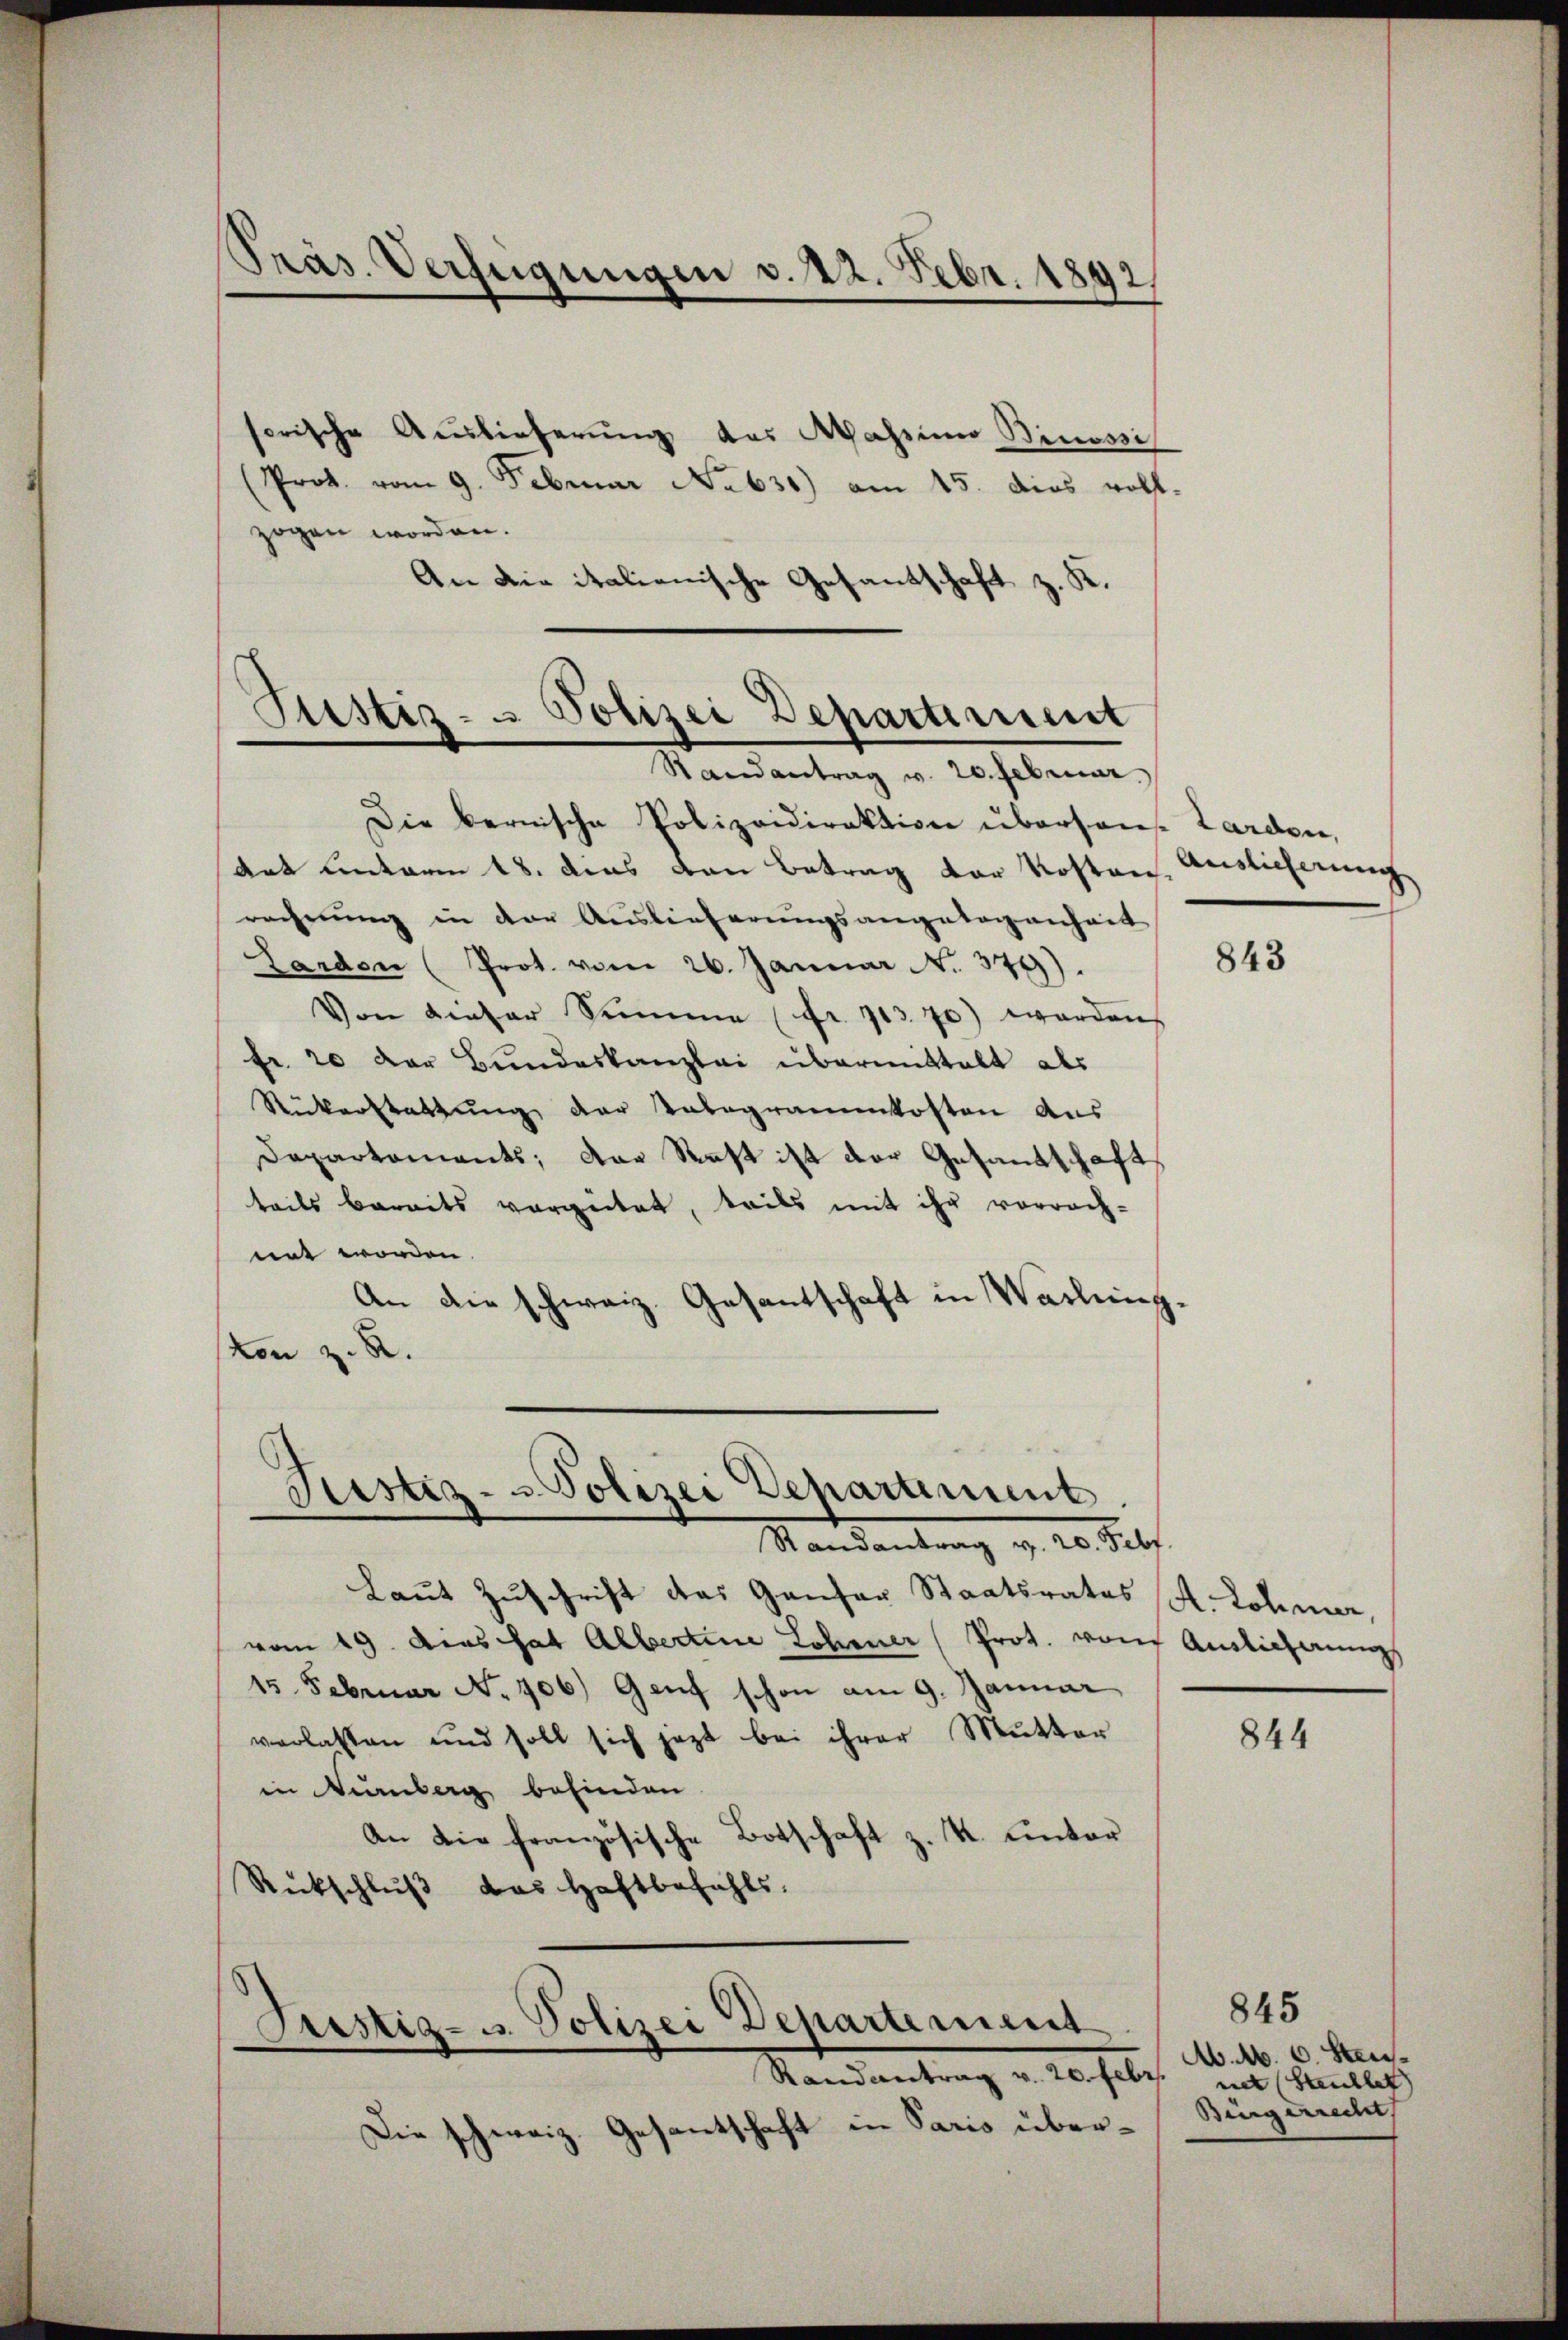
sorische Auslieferŭng des Wassinn Binossi
(Prot. vom 9. Februar No 638) am 15. dies woll-
zogen worden.
An die italienische Gesandschaft z. K.

Präs. Verfügungen v. 22. Febr. 1892

Justiz- u Polizei Departiment
Randantrag v. 20. Februar

Ristiz- u Polizei Deparament.
Randantrag v. 20. Febr.

Die bernische Polizeidirektion überson. Larden,
Aat hinterm 18. Das von Betrag der Kosten
rechnung in der Auslieferungsangelegenheit
Larden (Prot. vom 26. Januar N. 379).
Von dieser Summe (fr. 713. 70) werden
fr 20 der Bundeskanzlei übermittelt als
Rückerstattŭng der Tabegrammkosten aus
Departements; der Saft ist der Gesandtschaft
teils bereits vergütet, teils mit ihr vorrach-
mnt worden.
An die schweiz. Gesantschaft in Washing.
von z. R.

Laut Zuschrift das Gantar Staatsrates A. Lohner,
vom 19. das hat Albertine Lohner Prot. von Auslicherungs
15. Februar No 106.) Genf schon am 9. Januar
verlassen und soll sich jezt bei ihrer Mutter
in anberg befinden
An die französische Botschaft z. K. unter
Rückschluß das Haftbefehls.
Justiz- u. Polizei Departement
Randantrag v. 20. Febr.
Die schweiz. Gesantschaft in Paris über¬

Auslicherung

843

844

845
A. M. v. Steunet (Steuchlet |
Bingerrecht,